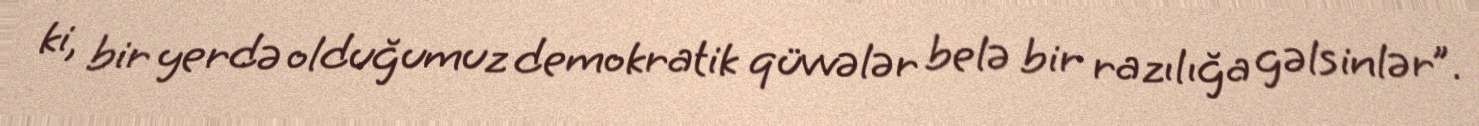
ki, bir yerdə olduğumuz demokratik qüvvələr belə bir razılığa gəlsinlər”.